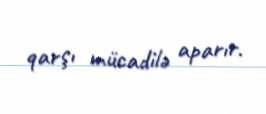
qarşı mücadilə aparır.